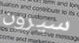
سيرون